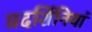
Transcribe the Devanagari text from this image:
प्रदर्शिनियां